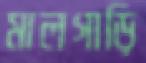
মালগাড়ি